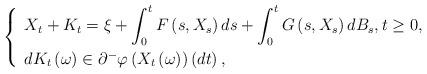
LaTeX: \begin{align*}\left\{\begin{array}{l}X_{t}+K_{t}=\xi+\displaystyle\int_{0}^{t}F\left( s,X_{s}\right)ds+\int_{0}^{t}G\left( s,X_{s}\right) dB_{s},t\geq0,\smallskip \\dK_{t}\left( \omega\right) \in\partial^{-}\varphi\left( X_{t}\left(\omega\right) \right) \left( dt\right) ,\end{array}\right. \end{align*}